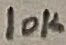
Text: 10K